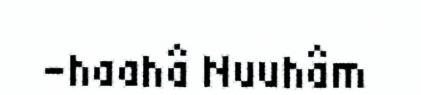
-haahâ Nuuhâm